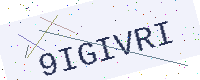
Text: 9IGIVRI